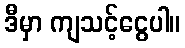
ဒီမှာ ကျသင့်ငွေပါ။